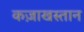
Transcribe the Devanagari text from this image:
कज़ाखस्तान